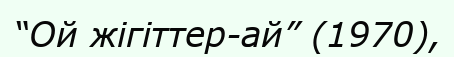
“Ой жігіттер-ай” (1970),